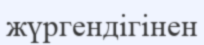
жүргендігінен